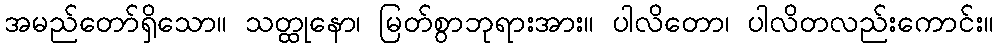
အမည်တော်ရှိသော။ သတ္ထုနော၊ မြတ်စွာဘုရားအား။ ပါလိတော၊ ပါလိတလည်းကောင်း။